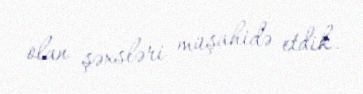
olan şəxsləri müşahidə etdik.